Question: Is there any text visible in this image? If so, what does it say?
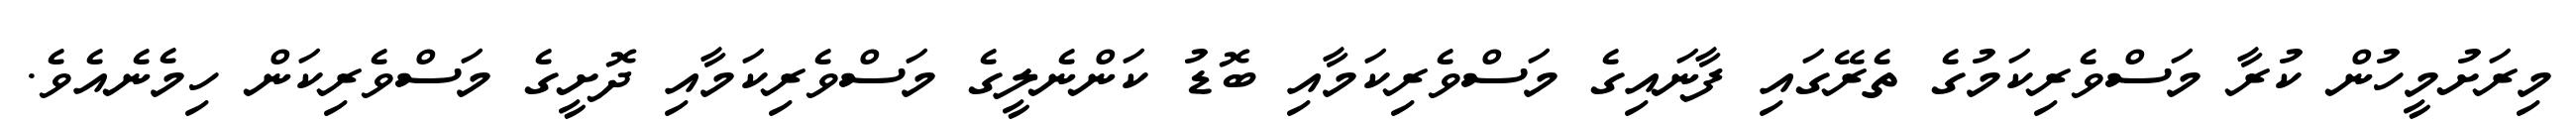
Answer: މިރަށުމީހުން ކުރާ މަސްވެރިކަމުގެ ތެރޭގައި ފާނައިގެ މަސްވެރިކަމާއި ބޮޑު ކަންނެލީގެ މަސްވެރިކަމާއި ދޮށީގެ މަސްވެރިކަން ހިމެނެއެވެ.